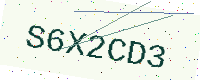
Text: S6X2CD3